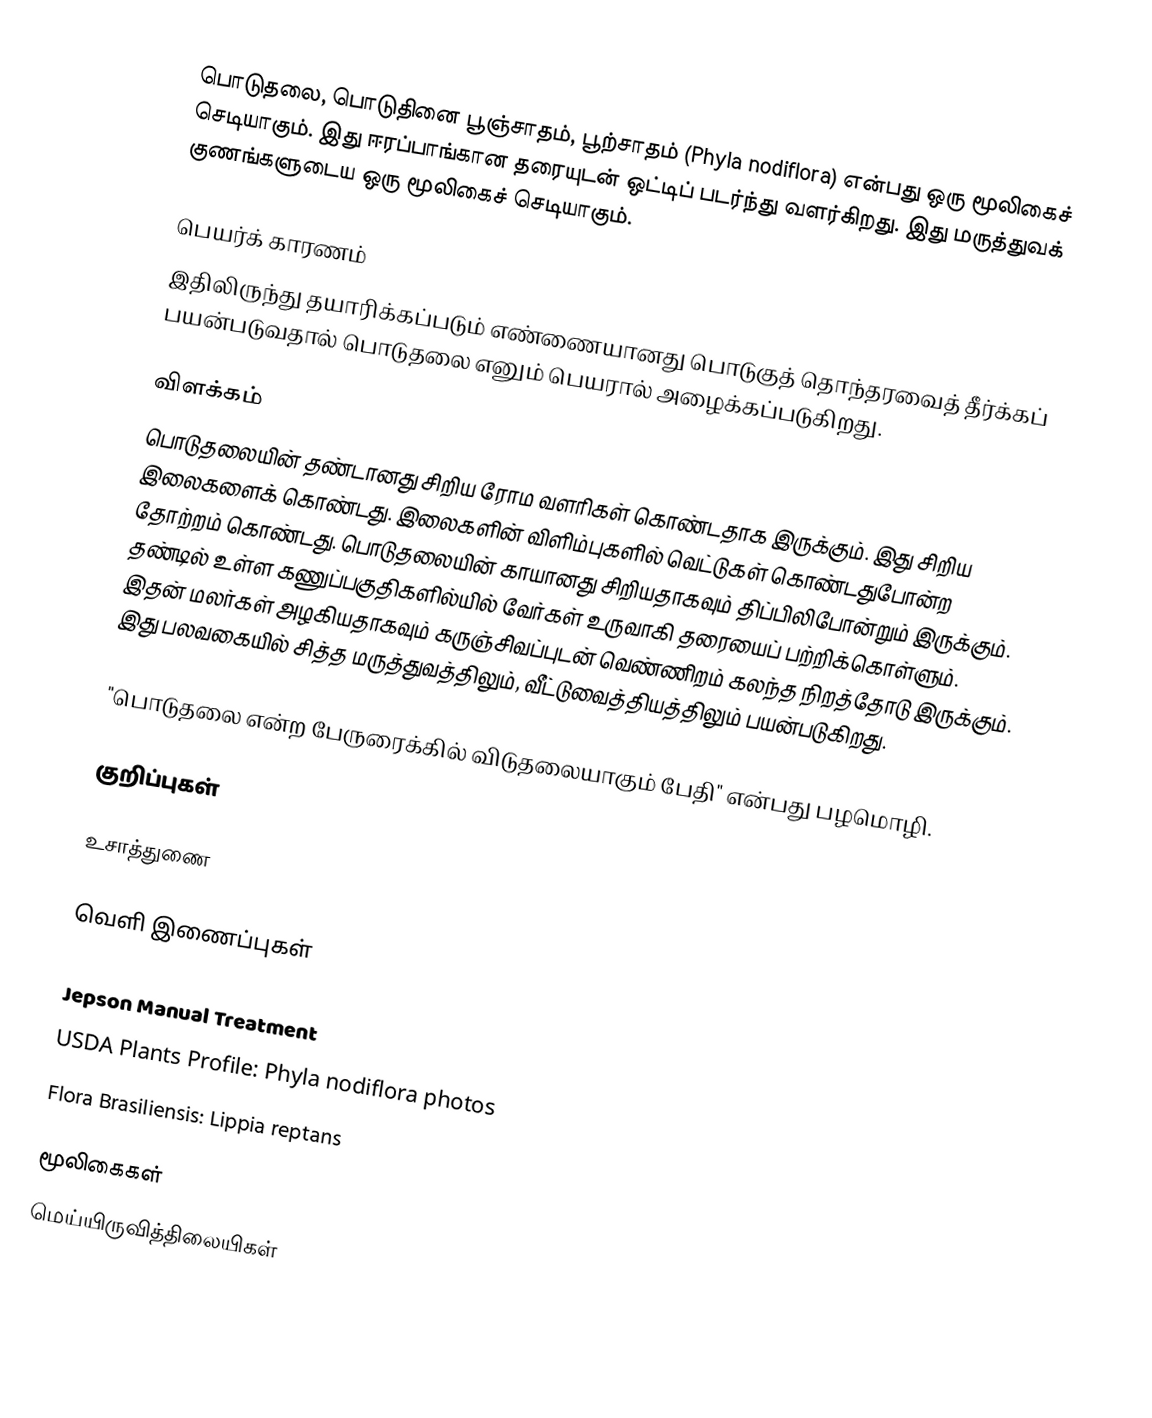
பொடுதலை, பொடுதினை பூஞ்சாதம், பூற்சாதம் (Phyla nodiflora) என்பது ஒரு மூலிகைச் செடியாகும். இது ஈரப்பாங்கான தரையுடன் ஒட்டிப் படர்ந்து வளர்கிறது. இது மருத்துவக் குணங்களுடைய ஒரு மூலிகைச் செடியாகும்.

பெயர்க் காரணம்
இதிலிருந்து தயாரிக்கப்படும் எண்ணையானது பொடுகுத் தொந்தரவைத் தீர்க்கப் பயன்படுவதால் பொடுதலை எனும்  பெயரால் அழைக்கப்படுகிறது.

விளக்கம்
பொடுதலையின் தண்டானது சிறிய ரோம வளரிகள் கொண்டதாக இருக்கும். இது சிறிய இலைகளைக் கொண்டது. இலைகளின் விளிம்புகளில் வெட்டுகள் கொண்டதுபோன்ற தோற்றம் கொண்டது. பொடுதலையின் காயானது சிறியதாகவும் திப்பிலிபோன்றும் இருக்கும். தண்டில் உள்ள கணுப்பகுதிகளில்யில் வேர்கள் உருவாகி தரையைப் பற்றிக்கொள்ளும். இதன் மலர்கள் அழகியதாகவும் கருஞ்சிவப்புடன் வெண்ணிறம் கலந்த நிறத்தோடு இருக்கும். இது பலவகையில் சித்த மருத்துவத்திலும், வீட்டுவைத்தியத்திலும் பயன்படுகிறது.

"பொடுதலை என்ற பேருரைக்கில் விடுதலையாகும் பேதி" என்பது பழமொழி.

குறிப்புகள்

உசாத்துணை

வெளி இணைப்புகள்

Jepson Manual Treatment
USDA Plants Profile: Phyla nodiflora photos
 Flora Brasiliensis: Lippia reptans

மூலிகைகள்
மெய்யிருவித்திலையிகள்